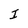
Character: I